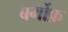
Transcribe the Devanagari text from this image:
बर्गोफ़